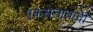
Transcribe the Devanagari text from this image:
एकसत्तावादी